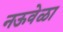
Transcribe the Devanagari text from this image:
नऊवेळा